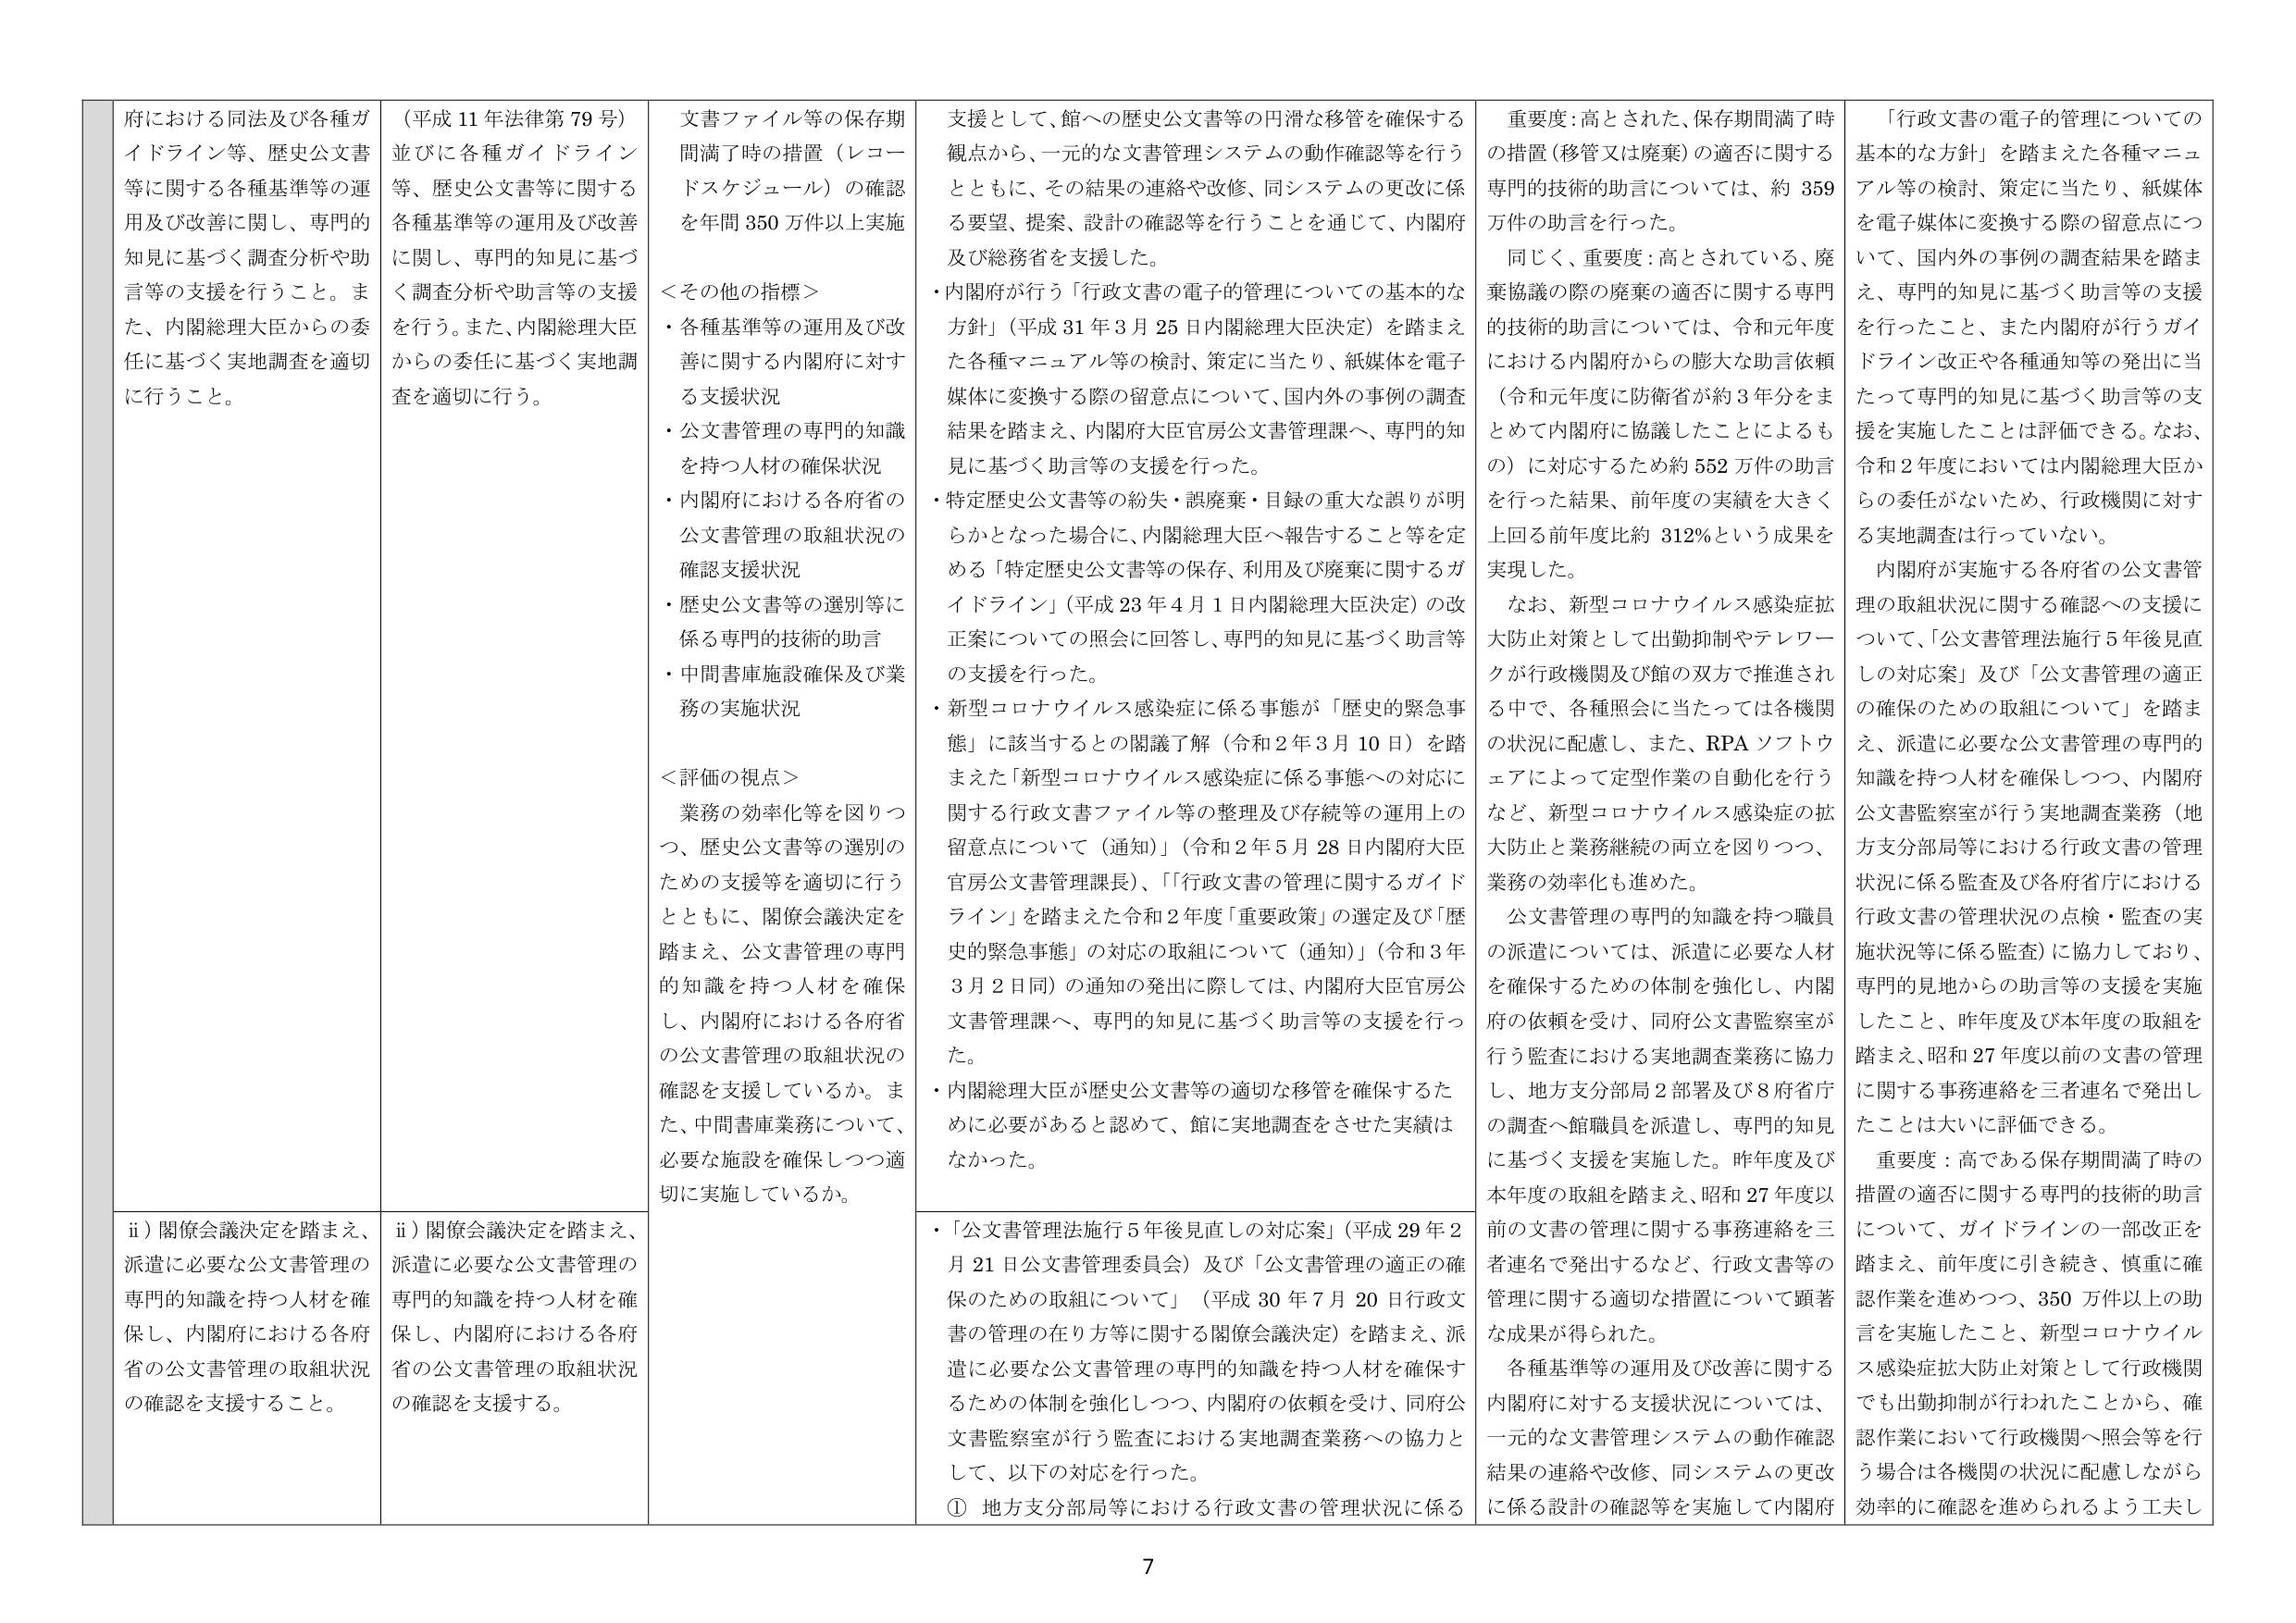
府における同法及び各種ガイドライン等、歴史公文書等に関する各種基準等の運用及び改善に関し、専門的知見に基づく調査分析や助言等の支援を行うこと。また、内閣総理大臣からの委任に基づく実地調査を適切に行うこと。

（平成11年法律第79号）並びに各種ガイドライン等、歴史公文書等に関する各種基準等の運用及び改善に関し、専門的知見に基づく調査分析や助言等の支援を行う。また、内閣総理大臣からの委任に基づく実地調査を適切に行う。

文書ファイル等の保存期間満了時の措置（レコードスケジュール）の確認を年間350万件以上実施

＜その他の指標＞
・各種基準等の運用及び改善に関する内閣府に対する支援状況
・公文書管理の専門的知識を持つ人材の確保状況
・内閣府における各府省の公文書管理の取組状況の確認支援状況
・歴史公文書等の選別等に係る専門的技術的助言
・中間書庫施設確保及び業務の実施状況

＜評価の視点＞
業務の効率化等を図りつつ、歴史公文書等の選別のための支援等を適切に行うとともに、関係会議決定を踏まえ、公文書管理の専門的知識を持つ人材を確保し、内閣府における各府省の公文書管理の取組状況の確認を支援しているか。また、中間書庫業務について、必要な施設を確保しつつ適切に実施しているか。

支援として、館への歴史公文書等の円滑な移管を確保する観点から、一元的な文書管理システムの動作確認等を行うとともに、その結果の連絡や改修、同システムの更改に係る要望、提案、設計の確認等を行うことを通じて、内閣府及び総務省を支援した。

・内閣府が行う「行政文書の電子的管理についての基本的な方針」（平成31年3月25日内閣総理大臣決定）を踏まえた各種マニュアル等の検討、策定に当たり、紙媒体を電子媒体に変換する際の留意点について、国内外の事例の調査結果を踏まえ、内閣府大臣官房公文書管理課へ、専門的知見に基づく助言等の支援を行った。

・特定歴史公文書等の紛失・誤廃棄・目録の重大な誤りが明らかとなった場合に、内閣総理大臣へ報告すること等を定める「特定歴史公文書等の保存、利用及び廃棄に関するガイドライン」（平成23年4月1日内閣総理大臣決定）の改正案についての照会に回答し、専門的知見に基づく助言等の支援を行った。

・新型コロナウイルス感染症に係る事態が「歴史的緊急事態」に該当するととの閣議了解（令和2年3月10日）を踏まえた「新型コロナウイルス感染症に係る事態への対応に関する行政文書ファイル等の整理及び存続等の運用上の留意点について（通知）」（令和2年5月28日内閣府大臣官房公文書管理課長）、「行政文書の管理に関するガイドライン」を踏まえた令和2年度「重要政策」の選定及び「歴史的緊急事態」の対応の取組について（通知）」（令和3年3月2日同）の通知の発出に際しては、内閣府大臣官房公文書管理課へ、専門的知見に基づく助言等の支援を行った。

・内閣総理大臣が歴史公文書等の適切な移管を確保するために必要があると認めて、館に実地調査をさせた実績はなかった。

重要度：高とされた、保存期間満了時の措置（移管又は廃棄）の適否に関する専門的技術的助言については、約359万件の助言を行った。

同じく、重要度：高とされている、廃棄協議の際の廃棄の適否に関する専門的技術的助言については、令和元年度における内閣府からの膨大な助言依頼（令和元年度に防衛省が約3年分をまとめて内閣府に協議したことによるもの）に対応するため約552万件の助言を行った結果、前年度の実績を大きく上回る前年度比約312％という成果を実現した。

なお、新型コロナウイルス感染症拡大防止対策として出勤抑制やテレワークが行政機関及び館の双方で推進される中で、各種照会に当たっては各機関の状況に配慮し、また、RPAソフトウェアによって定型作業の自動化を行うなど、新型コロナウイルス感染症の拡大防止と業務継続の両立を図りつつ、業務の効率化も進めた。

公文書管理の専門的知識を持つ職員の派遣については、派遣に必要な人材を確保するための体制を強化し、内閣府の依頼を受け、同府公文書監察室が行う監査における実地調査業務に協力し、地方支分部局2部署及び8府省庁の調査へ館職員を派遣し、専門的知見に基づく支援を実施した。昨年度及び本年度の取組を踏まえ、昭和27年度以前の文書の管理に関する事務連絡を三者連名で発出したことは大いに評価できる。

重要度：高である保存期間満了時の措置の適否に関する専門的技術的助言について、ガイドラインの一部改正を踏まえ、前年度に引き続き、慎重に確認作業を進めつつ、350万件以上の助言を実施したこと、新型コロナウイルス感染症拡大防止対策として行政機関でも出勤抑制が行われたことから、確認作業において行政機関へ照会等を行う場合は各機関の状況に配慮しながら効率的に確認を進められるよう工夫し

「行政文書の電子的管理についての基本的な方針」を踏まえた各種マニュアル等の検討、策定に当たり、紙媒体を電子媒体に変換する際の留意点について、国内外の事例の調査結果を踏まえ、専門的知見に基づく助言等の支援を行ったこと、また内閣府が行うガイドライン改正や各種通知等の発出に当たって専門的知見に基づく助言等の支援を実施したことは評価できる。なお、令和2年度においては内閣総理大臣からの委任がないため、行政機関に対する実地調査は行っていない。

内閣府が実施する各府省の公文書管理の取組状況に関する確認への支援について、「公文書管理法施行5年後見直しの対応案」及び「公文書管理の適正の確保のための取組について」を踏まえ、派遣に必要な公文書管理の専門的知識を持つ人材を確保しつつ、内閣府公文書監察室が行う実地調査業務（地方支分部局等における行政文書の管理状況に係る監査及び各府省庁における行政文書の管理状況の点検・監査の実施状況等に係る監査）に協力しており、専門的見地からの助言等の支援を実施したこと、昨年度及び本年度の取組を踏まえ、昭和27年度以前の文書の管理に関する事務連絡を三者連名で発出したことは大いに評価できる。

ii）関係会議決定を踏まえ、派遣に必要な公文書管理の専門的知識を持つ人材を確保し、内閣府における各府省の公文書管理の取組状況の確認を支援すること。

ii）関係会議決定を踏まえ、派遣に必要な公文書管理の専門的知識を持つ人材を確保し、内閣府における各府省の公文書管理の取組状況の確認を支援する。

・「公文書管理法施行5年後見直しの対応案」（平成29年2月21日公文書管理委員会）及び「公文書管理の適正の確保のための取組について」（平成30年7月20日行政文書の管理の在り方等に関する関係会議決定）を踏まえ、派遣に必要な公文書管理の専門的知識を持つ人材を確保するための体制を強化しつつ、内閣府の依頼を受け、同府公文書監察室が行う監査における実地調査業務への協力として、以下の対応を行った。

① 地方支分部局等における行政文書の管理状況に係る

前の文書の管理に関する事務連絡を三者連名で発出するなど、行政文書等の管理に関する適切な措置について顕著な成果が得られた。

各種基準等の運用及び改善に関する内閣府に対する支援状況については、一元的な文書管理システムの動作確認結果の連絡や改修、同システムの更改に係る設計の確認等を実施して内閣府

7